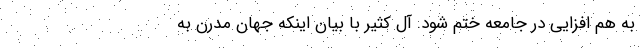
به هم افزایی در جامعه ختم شود. آل کثیر با بیان اینکه جهان مدرن به